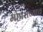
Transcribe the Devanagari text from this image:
महारांच्याच